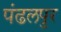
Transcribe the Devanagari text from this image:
पंढलपुर